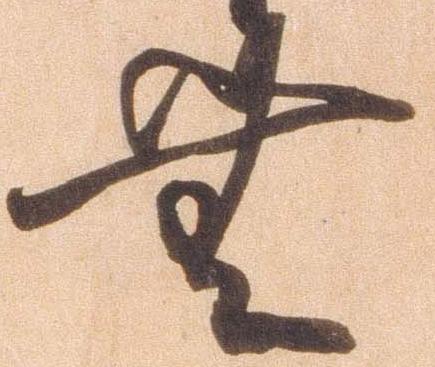
無